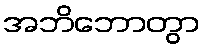
အဘိဘောတွာ